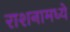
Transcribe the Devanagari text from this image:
राशनामध्ये